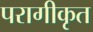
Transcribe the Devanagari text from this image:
परागीकृत